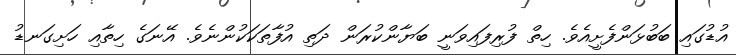
އުޑުގައި ބަބުޅަންފެށީއެވެ. ހިތް ފުރިފައިވަނީ ބަޔާންކުރަން ދަތި އުފާތަކަކުންނެވެ. އޭނަގެ ހިތާއި ހަށިގަނޑު